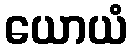
ယောယံ